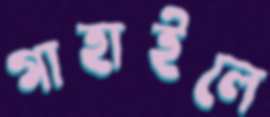
গাহাইলে